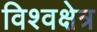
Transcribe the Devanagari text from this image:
विश्वक्षेत्र